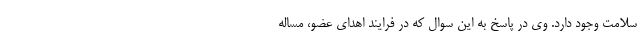
سلامت وجود دارد. وی در پاسخ به این سوال که در فرایند اهدای عضو، مساله